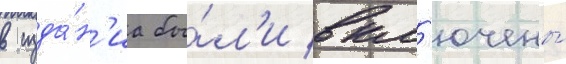
в изда́н'иа бы́л'и вкл'ючены́